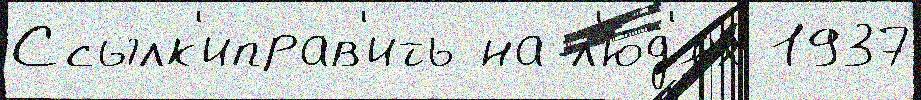
Ссылк'иправ'ить на л'ю́д'ях 1937